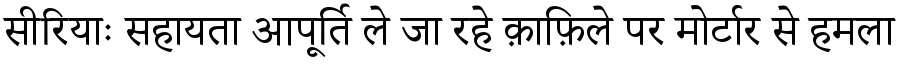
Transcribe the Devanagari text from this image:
सीरियाः सहायता आपूर्ति ले जा रहे क़ाफ़िले पर मोर्टार से हमला